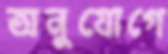
অনুযোগে